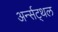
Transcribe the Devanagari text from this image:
अर्न्सट्थल